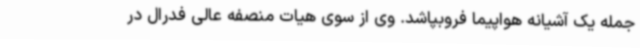
جمله یک آشیانه هواپیما فروبپاشد. وی از سوی هیات منصفه عالی فدرال در